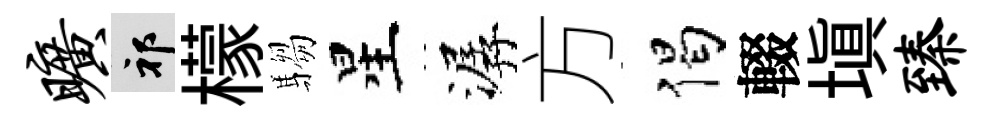
旷祁檬騶星潺方偈輟塡臻